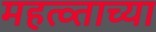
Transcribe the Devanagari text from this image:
महत्व्ताच्या